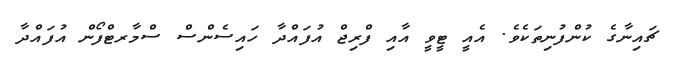
ޗައިނާގެ ކުންފުނިތަކެވެ. އެއީ ޓީވީ އާއި ފްރިޖް އުފައްދާ ހައިސެންސް ސްމާރޓްފޯން އުފައްދާ